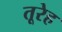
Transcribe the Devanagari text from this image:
तूरेह